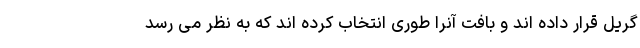
گریل قرار داده اند و بافت آنرا طوری انتخاب کرده اند که به نظر می رسد